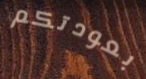
بعودتكم